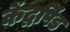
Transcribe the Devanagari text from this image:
केंद्रपिंड